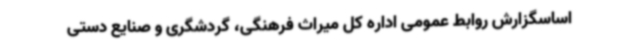
اساسگزارش روابط عمومی اداره کل میراث فرهنگی، گردشگری و صنایع دستی